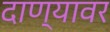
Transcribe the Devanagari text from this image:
दाण्यावर